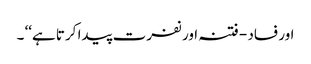
اور فساد - فتنہ اور نفرت پیدا کرتا ہے‘‘ ۔